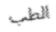
الطب